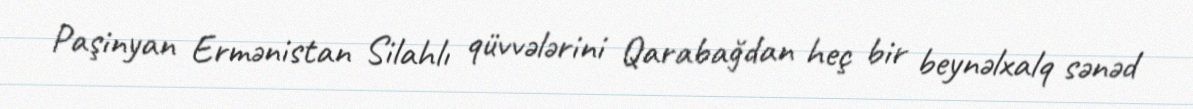
Paşinyan Ermənistan Silahlı qüvvələrini Qarabağdan heç bir beynəlxalq sənəd